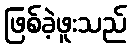
ဖြစ်ခဲ့ဖူးသည်